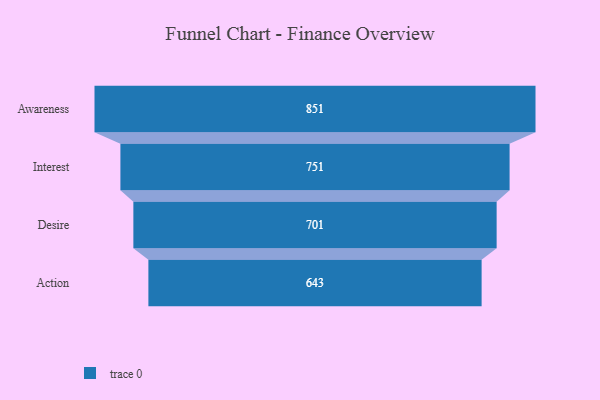
{"axis": {"x": "Stage", "y": "Value"}, "legend": [""], "data": [{"x": "Awareness", "y": 851.0, "type": ""}, {"x": "Interest", "y": 751.0, "type": ""}, {"x": "Desire", "y": 701.0, "type": ""}, {"x": "Action", "y": 643.0, "type": ""}]}